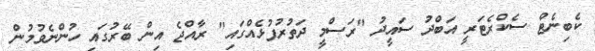
ކެބިނެޓް ސެކްރެޓަރީ އަބްދު ސައީދު "ރަސްމީ ދަތުރުފުޅެއްގައި" ރާއްޖެ އިން ބޭރުގައި ހުންނެވުމުން